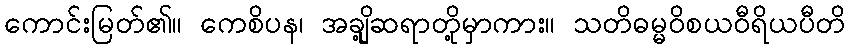
ကောင်းမြတ်၏။ ကေစိပန၊ အချို့ဆရာတို့မှာကား။ သတိဓမ္မဝိစယဝီရိယပီတိ